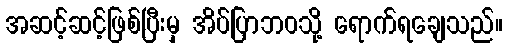
အဆင့်ဆင့်ဖြစ်ပြီးမှ အိပ်ပြာဘဝသို့ ရောက်ရချေသည်။